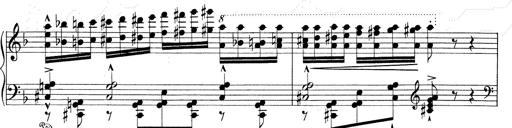
Title: RÃ©miniscences de Don Juan
Composer: Franz Liszt